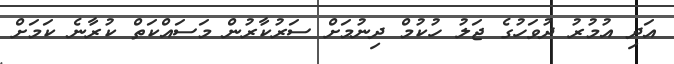
އަދި އުމުރު ދުވަހުގެ ޖަލު ހުކުމް ދިނުމަށް ސަރުކާރުން މަސައްކަތް ކުރާނެ ކަމަށް